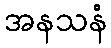
အနသနံ